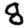
Digit: 8